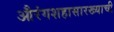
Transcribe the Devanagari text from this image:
औरंगशहासारख्याची